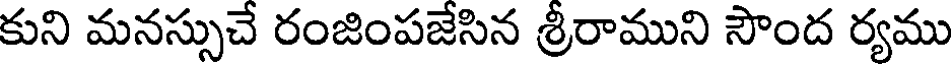
కుని మనస్సుచే రంజింపజేసిన శ్రీరాముని సౌంద ర్యము